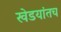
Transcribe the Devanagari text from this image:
खेडयांतच